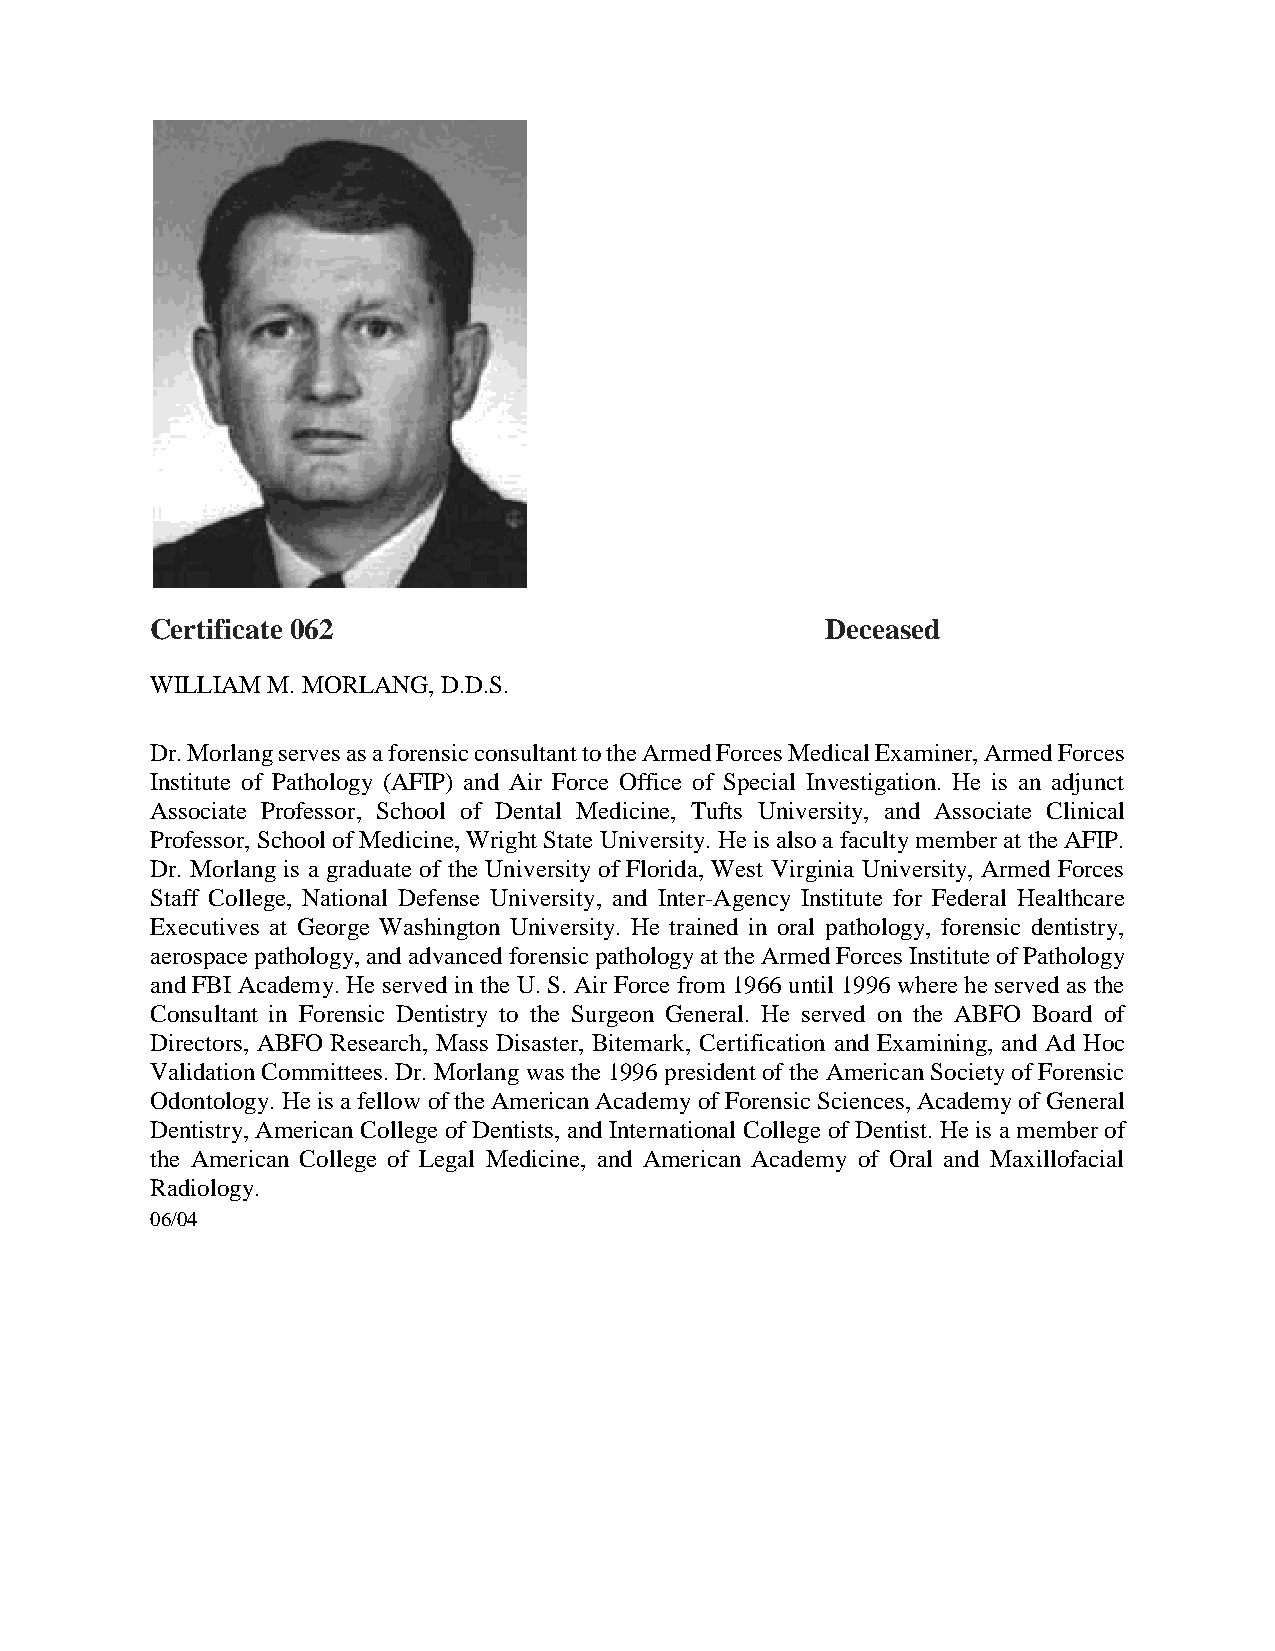
Certificate 062                              Deceased
 WILLIAM M. MORLANG, D.D.S.
 Dr. Morlang serves as a forensic consultant to the Armed Forces Medical Examiner, Armed Forces
 Institute of Pathology (AFIP) and Air Force Office of Special Investigation. He is an adjunct
 Associate Professor, School of Dental Medicine, Tufts University, and Associate Clinical
 Professor, School of Medicine, Wright State University. He is also a faculty member at the AFIP.
 Dr. Morlang is a graduate of the University of Florida, West Virginia University, Armed Forces
 Staff College, National Defense University, and Inter-Agency Institute for Federal Healthcare
 Executives at George Washington University. He trained in oral pathology, forensic dentistry,
 aerospace pathology, and advanced forensic pathology at the Armed Forces Institute of Pathology
 and FBI Academy. He served in the U. S. Air Force from 1966 until 1996 where he served as the
 Consultant in Forensic Dentistry to the Surgeon General. He served on the ABFO Board of
 Directors, ABFO Research, Mass Disaster, Bitemark, Certification and Examining, and Ad Hoc
 Validation Committees. Dr. Morlang was the 1996 president of the American Society of Forensic
 Odontology. He is a fellow of the American Academy of Forensic Sciences, Academy of General
 Dentistry, American College of Dentists, and International College of Dentist. He is a member of
 the American College of Legal Medicine, and American Academy of Oral and Maxillofacial
 Radiology.
 06/04